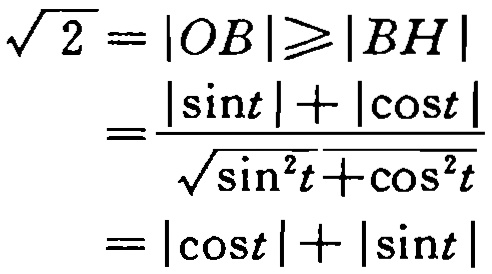
\[\begin{align*}
\sqrt{2}&=|OB|\geqslant|BH|\\
&=\frac{|\sin t| + |\cos t|}{\sqrt{\sin^{2}t+\cos^{2}t}}\\
&=|\cos t|+|\sin t|
\end{align*}\]